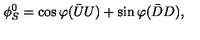
\phi _ { S } ^ { 0 } = \cos \varphi { ( \bar { U } U ) } + \sin \varphi { ( \bar { D } D ) } ,